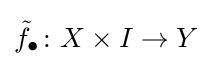
{\tilde {f}}_{\bullet }\colon X\times I\to Y